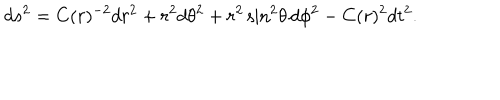
LaTeX: d s ^ { 2 } = C ( r ) ^ { - 2 } d r ^ { 2 } + r ^ { 2 } d \theta ^ { 2 } + r ^ { 2 } \sin ^ { 2 } \! \theta \, d \phi ^ { 2 } - C ( r ) ^ { 2 } d t ^ { 2 } .